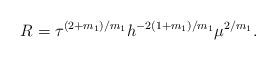
LaTeX: \begin{align*}R=\tau^{(2+m_1)/m_1}h^{-2(1+m_1)/m_1}\mu^{2/m_1}.\end{align*}